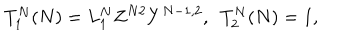
LaTeX: T _ { 1 } ^ { N } ( N ) = L _ { 1 } ^ { N } Z ^ { N 2 } Y ^ { N - 1 , 2 } , \ \ T _ { 2 } ^ { N } ( N ) = 1 ,